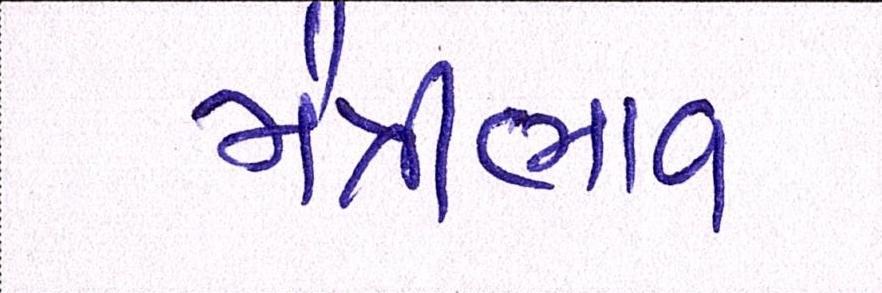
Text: મૈત્રીભાવ